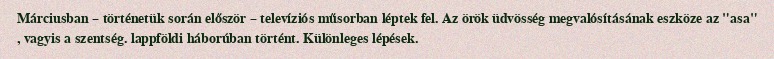
Márciusban – történetük során először – televíziós műsorban léptek fel. Az örök üdvösség megvalósításának eszköze az "asa" , vagyis a szentség. lappföldi háborúban történt. Különleges lépések.